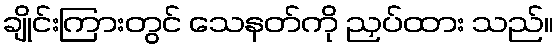
ချိုင်းကြားတွင် သေနတ်ကို ညှပ်ထား သည်။